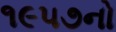
૧૯૫૭નો